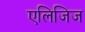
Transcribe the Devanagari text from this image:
एलिजिज